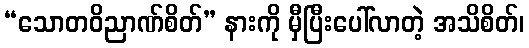
“သောတဝိညာဏ်စိတ်” နားကို မှီပြီးပေါ်လာတဲ့ အသိစိတ်၊